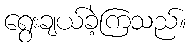
ရွေးချယ်ခဲ့ကြသည်။